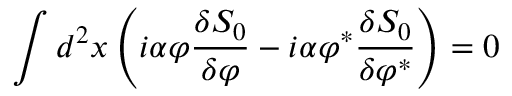
\int d ^ { 2 } x \left( i \alpha \varphi \frac { \delta S _ { 0 } } { \delta \varphi } - i \alpha \varphi ^ { \ast } \frac { \delta S _ { 0 } } { \delta \varphi ^ { \ast } } \right) = 0